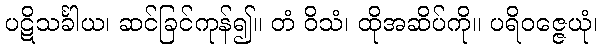
ပဋိသင်္ခါယ၊ ဆင်ခြင်ကုန်၍။ တံ ဝိသံ၊ ထိုအဆိပ်ကို။ ပရိဝဇ္ဇေယုံ၊